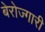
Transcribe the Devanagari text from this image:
बेरोज्गारी